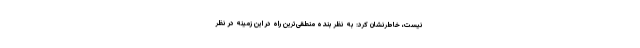
نیست، خاطرنشان کرد: به نظر بنده منطقی‌ترین راه در این زمینه در نظر